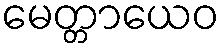
မေတ္တာယေဝ